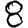
Digit: 8